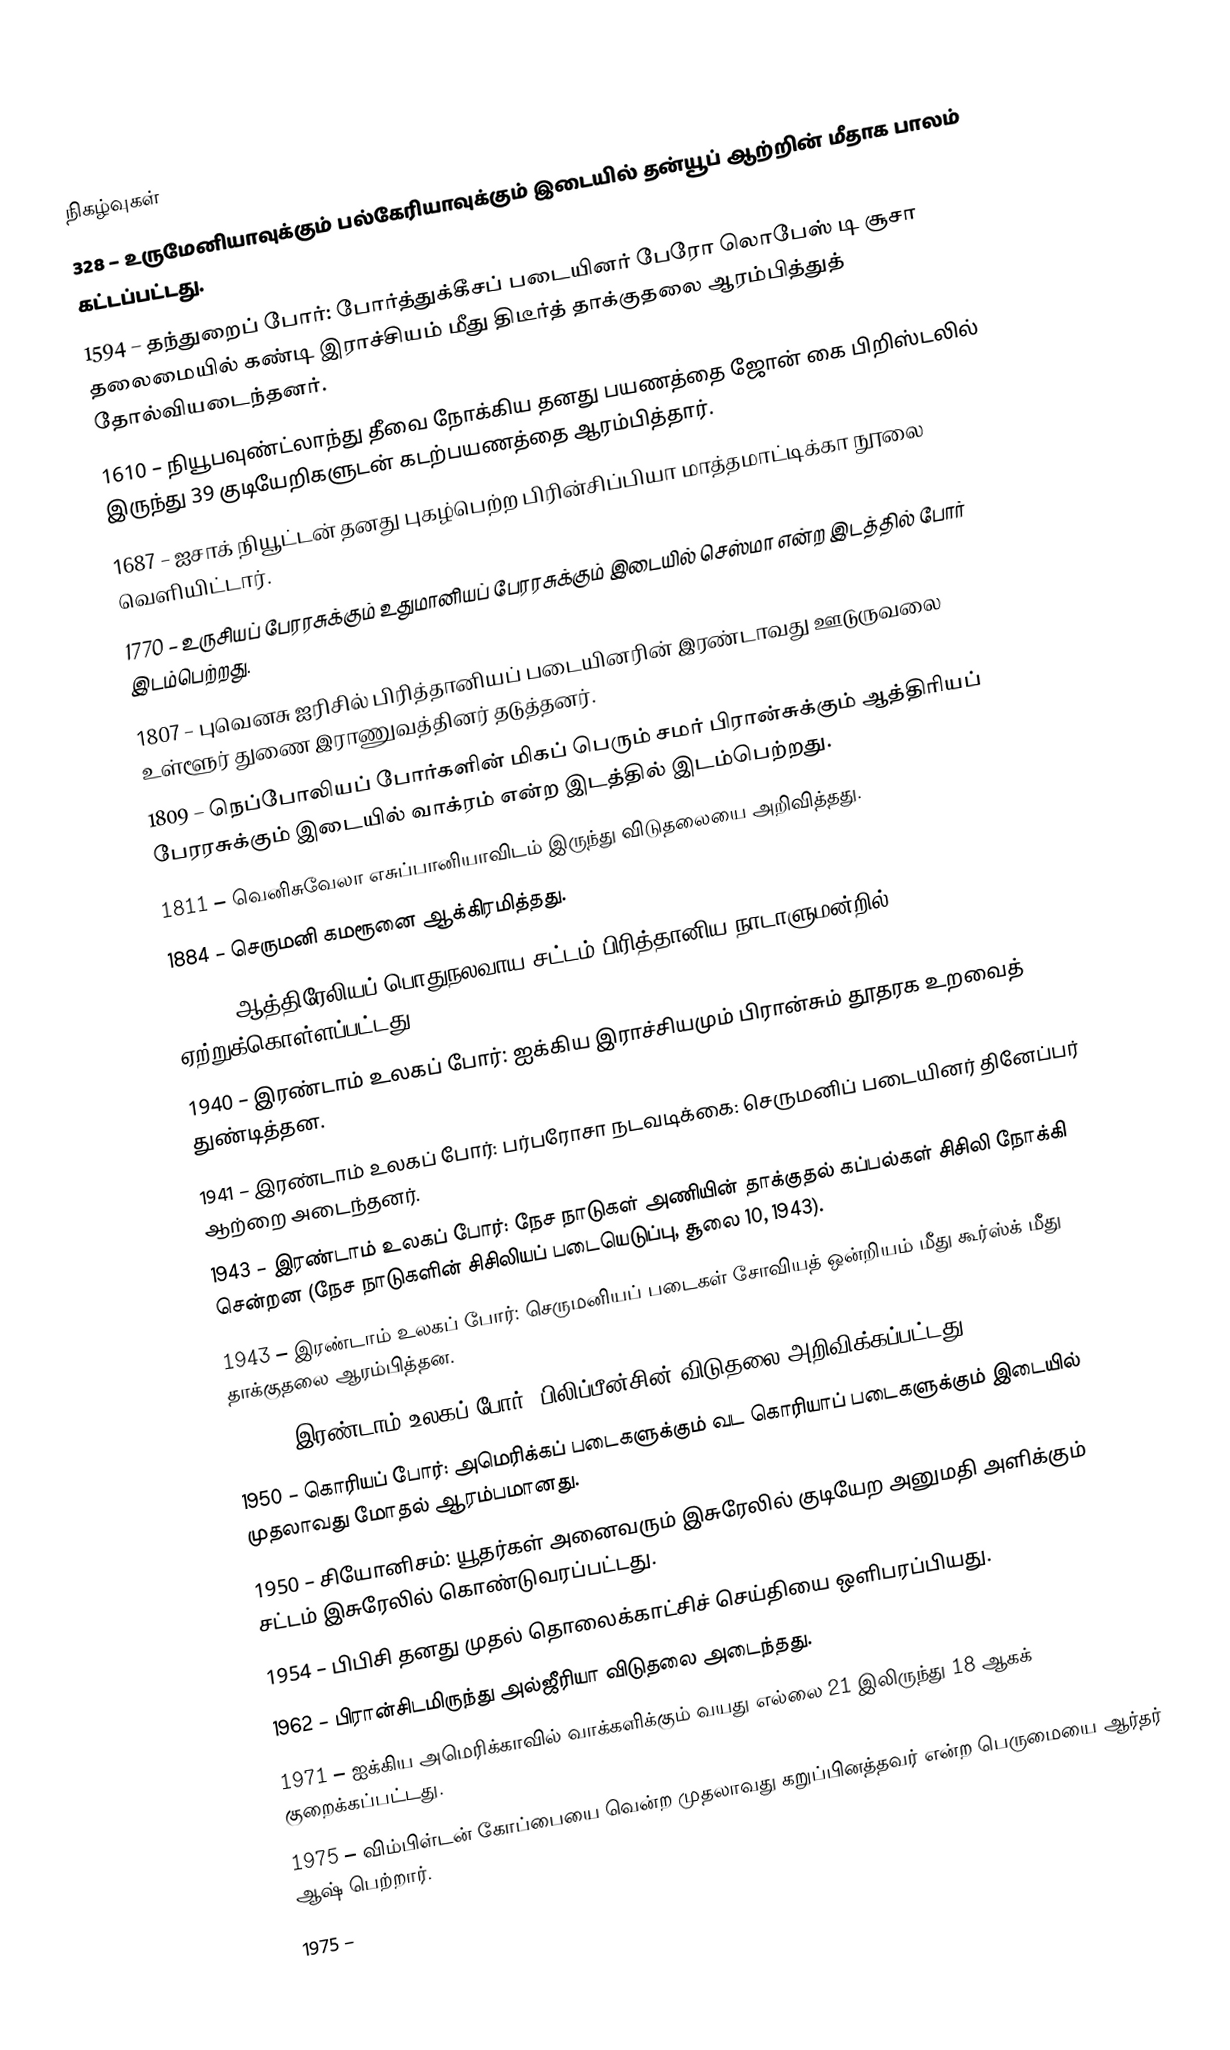

நிகழ்வுகள்
 328 – உருமேனியாவுக்கும் பல்கேரியாவுக்கும் இடையில் தன்யூப் ஆற்றின் மீதாக பாலம் கட்டப்பட்டது.
1594 – தந்துறைப் போர்: போர்த்துக்கீசப் படையினர் பேரோ லொபேஸ் டி சூசா தலைமையில் கண்டி இராச்சியம் மீது திடீர்த் தாக்குதலை ஆரம்பித்துத் தோல்வியடைந்தனர்.
1610 – நியூபவுண்ட்லாந்து தீவை நோக்கிய தனது பயணத்தை ஜோன் கை பிறிஸ்டலில் இருந்து 39 குடியேறிகளுடன் கடற்பயணத்தை ஆரம்பித்தார்.
1687 – ஐசாக் நியூட்டன் தனது புகழ்பெற்ற பிரின்சிப்பியா மாத்தமாட்டிக்கா நூலை வெளியிட்டார்.
1770 – உருசியப் பேரரசுக்கும் உதுமானியப் பேரரசுக்கும் இடையில் செஸ்மா என்ற இடத்தில் போர் இடம்பெற்றது.
1807 – புவெனசு ஐரிசில் பிரித்தானியப் படையினரின் இரண்டாவது ஊடுருவலை உள்ளூர் துணை இராணுவத்தினர் தடுத்தனர்.
1809 – நெப்போலியப் போர்களின் மிகப் பெரும் சமர் பிரான்சுக்கும் ஆத்திரியப் பேரரசுக்கும் இடையில் வாக்ரம் என்ற இடத்தில் இடம்பெற்றது.
1811 – வெனிசுவேலா எசுப்பானியாவிடம் இருந்து விடுதலையை அறிவித்தது.
1884 – செருமனி கமரூனை ஆக்கிரமித்தது.
1900 – ஆத்திரேலியப் பொதுநலவாய சட்டம் பிரித்தானிய நாடாளுமன்றில் ஏற்றுக்கொள்ளப்பட்டது.
1940 – இரண்டாம் உலகப் போர்: ஐக்கிய இராச்சியமும் பிரான்சும் தூதரக உறவைத் துண்டித்தன.
1941 – இரண்டாம் உலகப் போர்: பர்பரோசா நடவடிக்கை: செருமனிப் படையினர் தினேப்பர் ஆற்றை அடைந்தனர்.
1943 – இரண்டாம் உலகப் போர்: நேச நாடுகள் அணியின் தாக்குதல் கப்பல்கள் சிசிலி நோக்கி சென்றன (நேச நாடுகளின் சிசிலியப் படையெடுப்பு, சூலை 10, 1943).
1943 – இரண்டாம் உலகப் போர்: செருமனியப் படைகள் சோவியத் ஒன்றியம் மீது கூர்ஸ்க் மீது தாக்குதலை ஆரம்பித்தன.
1945 – இரண்டாம் உலகப் போர்: பிலிப்பீன்சின் விடுதலை அறிவிக்கப்பட்டது.
1950 – கொரியப் போர்: அமெரிக்கப் படைகளுக்கும் வட கொரியாப் படைகளுக்கும் இடையில் முதலாவது மோதல் ஆரம்பமானது.
1950 – சியோனிசம்: யூதர்கள் அனைவரும் இசுரேலில் குடியேற அனுமதி அளிக்கும் சட்டம் இசுரேலில் கொண்டுவரப்பட்டது.
1954 – பிபிசி தனது முதல் தொலைக்காட்சிச் செய்தியை ஒளிபரப்பியது.
1962 – பிரான்சிடமிருந்து அல்ஜீரியா விடுதலை அடைந்தது.
1971 – ஐக்கிய அமெரிக்காவில் வாக்களிக்கும் வயது எல்லை 21 இலிருந்து 18 ஆகக் குறைக்கப்பட்டது.
1975 – விம்பிள்டன் கோப்பையை வென்ற முதலாவது கறுப்பினத்தவர் என்ற பெருமையை ஆர்தர் ஆஷ் பெற்றார்.
1975 –